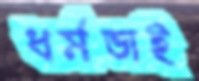
ধর্মভাই